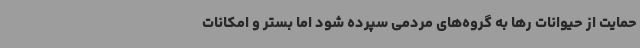
حمایت از حیوانات رها به گروه‌های مردمی سپرده شود اما بستر و امکانات